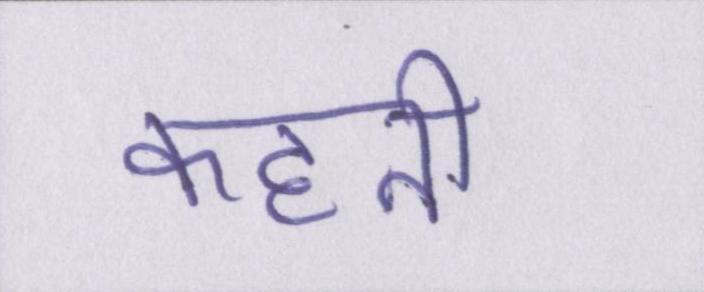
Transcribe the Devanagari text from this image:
कहनी